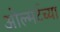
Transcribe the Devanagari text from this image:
ओल्मर्टच्या